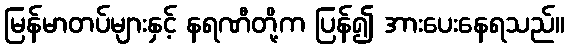
မြန်မာတပ်များနှင့် နရဏီတို့က ပြန်၍ အားပေးနေရသည်။